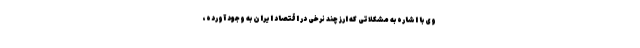
وی با اشاره به مشکلاتی که ارز چند نرخی در اقتصاد ایران به وجود آورده،